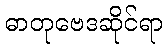
ဓာတုဗေဒဆိုင်ရာ